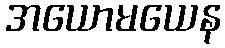
အယောမယေန